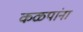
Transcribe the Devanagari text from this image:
कळपांना